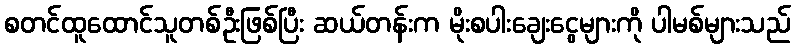
စတင်ထူထောင်သူတစ်ဦးဖြစ်ပြီး ဆယ်တန်းက မိုးစပါးချေးငွေများကို ပါမစ်များသည်